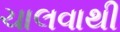
ચાલવાથી